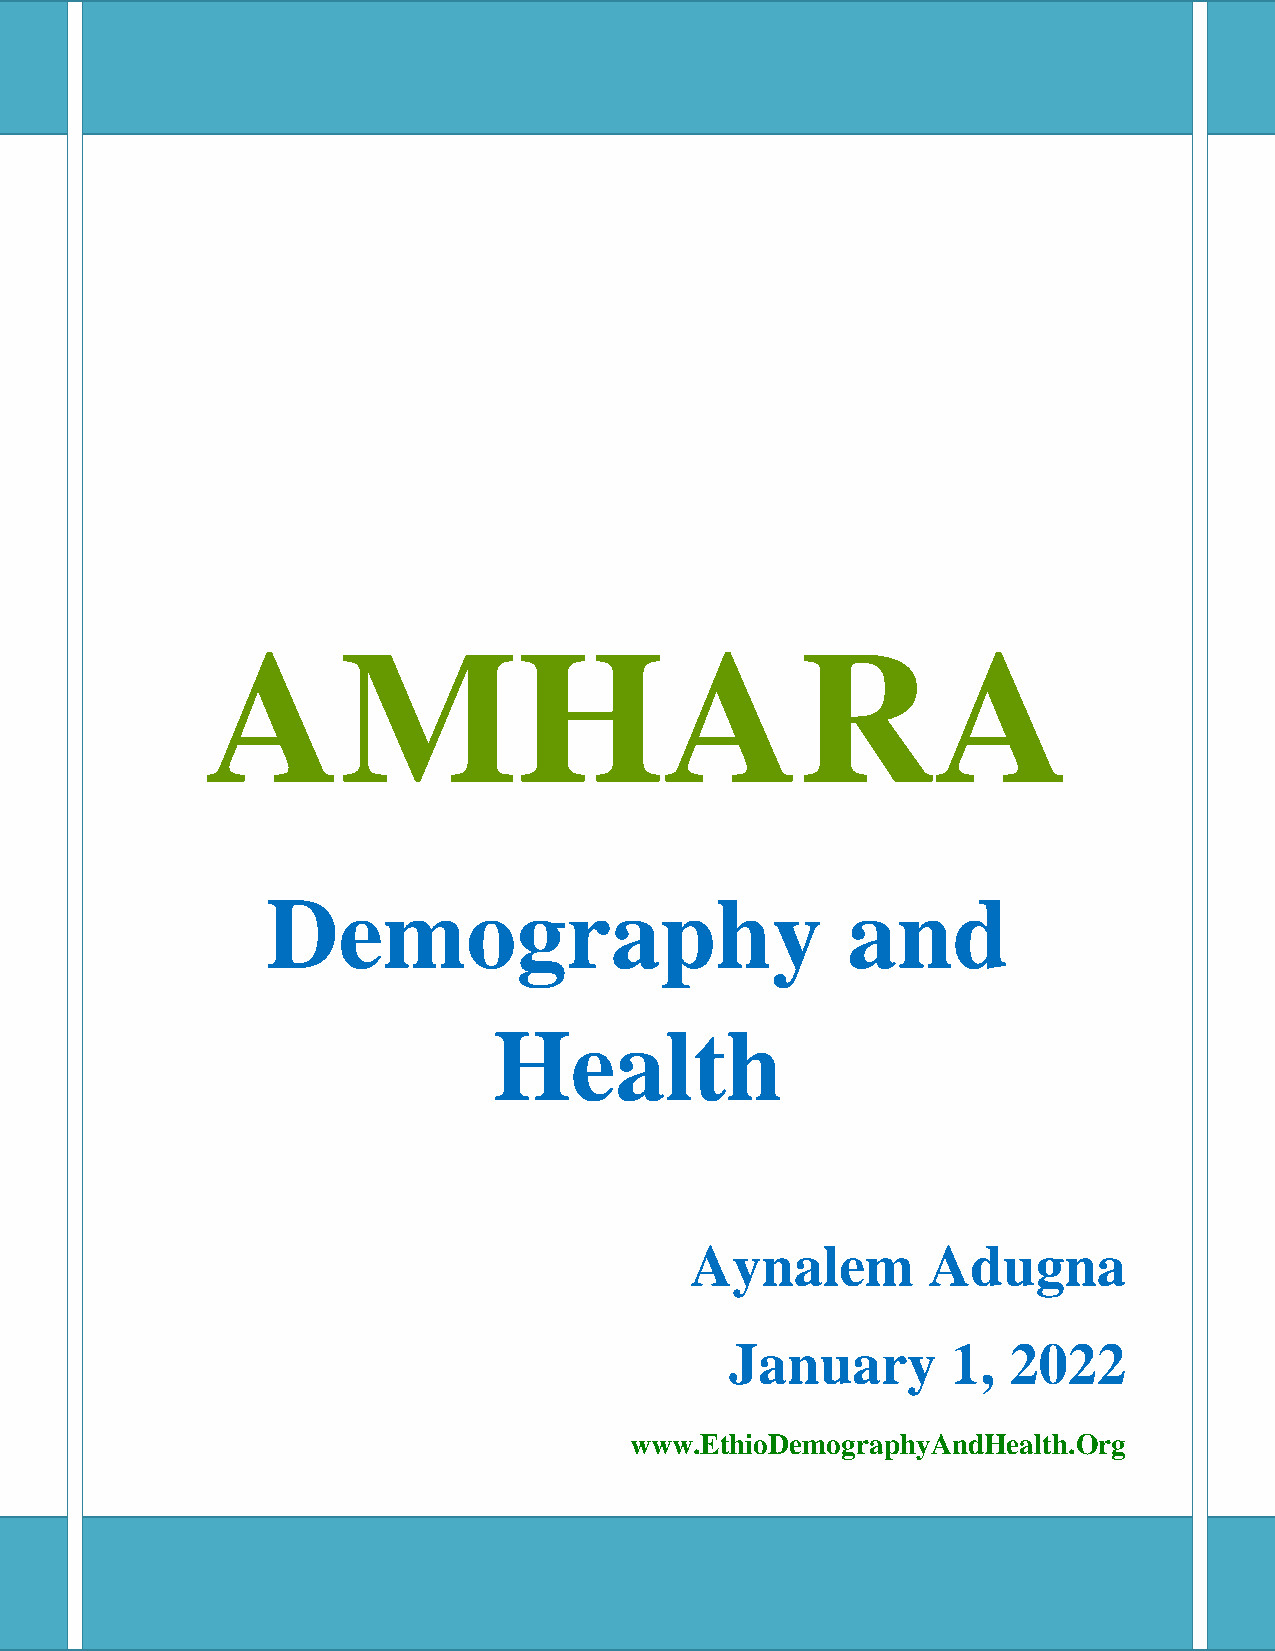
1
 AMHARA
 Demography                            and
 Health
 Aynalem        Adugna
 January        1,  2022
 www.EthioDemographyAndHealth.Org